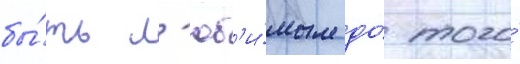
бы́ть л'юб'и́мым до́ того́